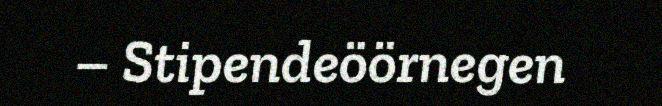
– Stipendeöörnegen